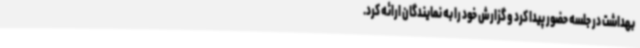
بهداشت در جلسه حضور پیدا کرد و گزارش خود را به نمایندگان ارائه کرد.